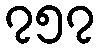
၇၅၇